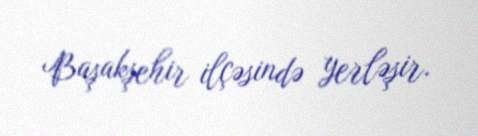
Başakşehir ilçəsində yerləşir.